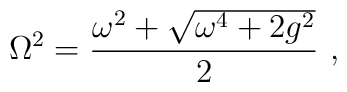
{\rm \Omega}^2 = { \omega^2 + \sqrt{\omega^4 + 2g^2} \over 2} \ ,